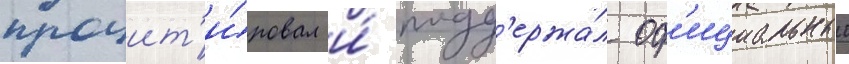
процит'и́ровал и́ подд'ержа́л оф'ициальныи